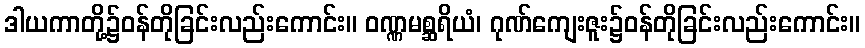
ဒါယကာတို့၌ဝန်တိုခြင်းလည်းကောင်း။ ဝဏ္ဏမစ္ဆရိယံ၊ ဂုဏ်ကျေးဇူး၌ဝန်တိုခြင်းလည်းကောင်း။